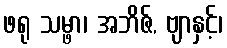
ဖရု သမ္ဖာ၊ အဘိဇ်, ဗျာနှင့်၊